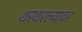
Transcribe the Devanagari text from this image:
थरथरल्यावर